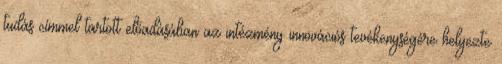
tudás címmel tartott előadásában az intézmény innovációs tevékenységére helyezte